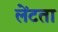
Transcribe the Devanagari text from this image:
लेंटता